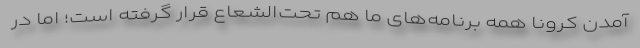
آمدن کرونا همه برنامه‌های ما هم تحت‌الشعاع قرار گرفته است؛ اما در